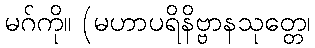
မဂ်ကို။ (မဟာပရိနိဗ္ဗာနသုတ္တေ၊